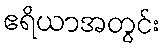
ဧရိယာအတွင်း